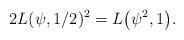
LaTeX: \begin{gather*}2 L(\psi,{1/2})^2=L\big(\psi^2, {1}\big).\end{gather*}